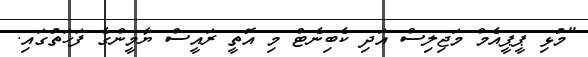
"މުޅި ޕީޕީއެމް މަޖިލިސް އަދި ކެބިނެޓް މި އޮތީ ރައީސް ޔާމީންގެ ފަހަތުގައި.